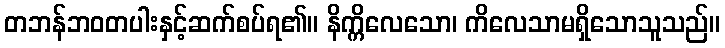
တဘန်ဘဝတပါးနှင့်ဆက်စပ်ရ၏။ နိက္ကိလေသော၊ ကိလေသာမရှိသောသူသည်။